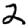
Digit: 2